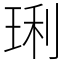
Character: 琍